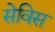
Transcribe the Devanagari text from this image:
सेविस